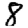
Digit: 8